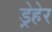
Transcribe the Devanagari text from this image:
ड्रेहेर